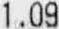
1.09